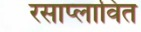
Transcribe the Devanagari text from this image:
रसाप्लावित